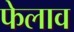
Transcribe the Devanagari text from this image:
फेलाव